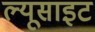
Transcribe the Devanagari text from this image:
ल्यूसाइट